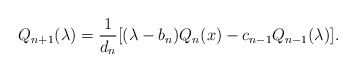
\begin{align*}Q_{n+1}(\lambda) = \frac{1}{d_n}[(\lambda - b_n )Q_n (x) - c_{n-1} Q_{n-1} (\lambda)]. \end{align*}